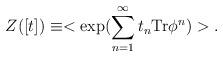
LaTeX: \begin{align*}Z([t])\equiv <\exp(\sum_{n=1}^\infty t_n \mbox{Tr} \phi^n)>.\end{align*}